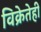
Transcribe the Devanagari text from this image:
विक्रेतेही